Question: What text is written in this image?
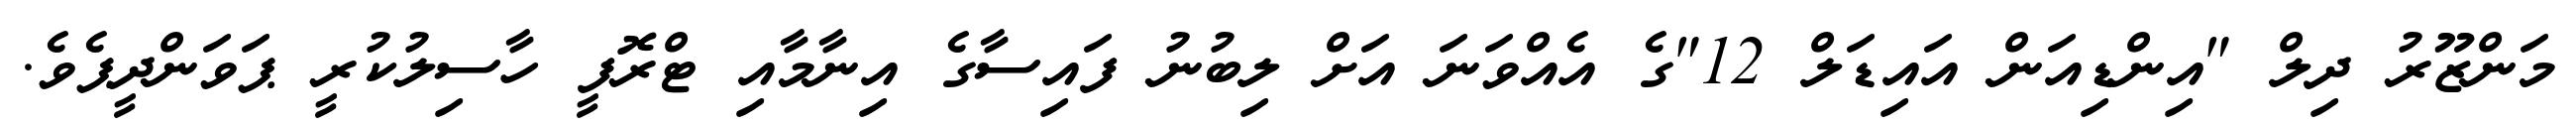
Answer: މަންޒޫރު ދިލް "އިންޑިއަން އައިޑަލް 12"ގެ އެއްވަނަ އަށް ލިބުނު ފައިސާގެ އިނާމާއި ޓްރޮފީ ހާސިލުކުރީ ޕަވަންދީޕެވެ.